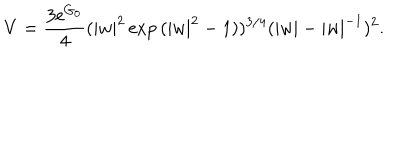
LaTeX: V = \frac { 3 \mathrm { e } ^ { G _ { 0 } } } { 4 } ( | w | ^ { 2 } \exp { ( | w | ^ { 2 } - 1 ) } ) ^ { 3 / 4 } ( | w | - | w | ^ { - 1 } ) ^ { 2 } .